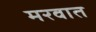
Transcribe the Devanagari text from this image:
मरवात